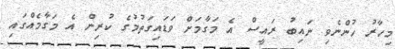
މިހާރު ހުންނެވި ނައިބު ރައީސް އެ މަގާމަށް ވަޑައިގަތުމުގެ ކުރިން އެ މަގާމެއްގައި